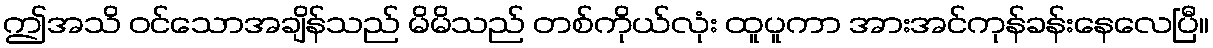
ဤအသိ ဝင်သောအချိန်သည် မိမိသည် တစ်ကိုယ်လုံး ထူပူကာ အားအင်ကုန်ခန်းနေလေပြီ။